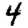
Digit: 4